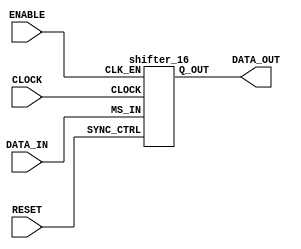
      //////////////////////////////////////////
     // LOGIBLOX_SR.V Version 1.0            //
    // Example of a LogiBLOX                //
   // Shift Register instantiation         //
  // HDL Synthesis Design Guide for FPGAs //
 // August 1997                          //
//////////////////////////////////////////

//----------------------------------------------------
// LogiBLOX SHIFT Module "shifter_16"
// Created by LogiBLOX version M1.3.7
//    on Wed Aug 13 17:58:12 1997
// Attributes 
//    MODTYPE = SHIFT
//    BUS_WIDTH = 16
//    ENCODING = UNSIGNED
//    OPTYPE = RIGHT
//    SHIFT_TYPE = LOGICAL
//    SYNC_VAL = 0
//----------------------------------------------------


module logiblox_sr (DATA_IN, CLOCK, ENABLE, RESET, 
                    DATA_OUT);

   input         DATA_IN;   // Serial input data
   input         CLOCK;     // System clock
   input         ENABLE;    // Shifter Enable
   input         RESET;     // Synchronous Reset
   output [15:0] DATA_OUT;  // Parallel Ouput Data

   wire        DATA_IN, CLOCK, ENABLE, RESET;
   wire [15:0] DATA_OUT;

   shifter_16  LB_EXAMPLE(.MS_IN(DATA_IN), .SYNC_CTRL(RESET), 
                           .CLK_EN(ENABLE), .CLOCK(CLOCK), 
                           .Q_OUT(DATA_OUT));

endmodule

module shifter_16(MS_IN, SYNC_CTRL, CLK_EN, CLOCK, Q_OUT);
   input         MS_IN;
   input         SYNC_CTRL;
   input         CLK_EN;
   input         CLOCK;
   output [15:0] Q_OUT;
endmodule